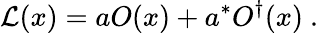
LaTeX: {\cal{L}}(x)=aO(x)+a^{*}O^{\dagger}(x)~.